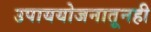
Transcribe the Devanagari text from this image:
उपाययोजनातूनही